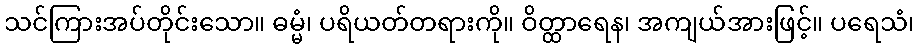
သင်ကြားအပ်တိုင်းသော။ ဓမ္မံ၊ ပရိယတ်တရားကို။ ဝိတ္ထာရေန၊ အကျယ်အားဖြင့်။ ပရေသံ၊